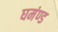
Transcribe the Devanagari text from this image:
घमंण्ड